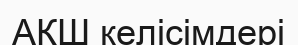
АҚШ келісімдері